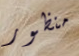
منظور